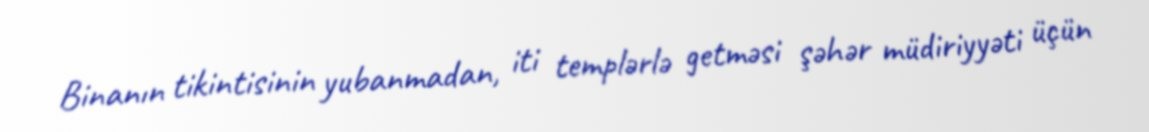
Binanın tikintisinin yubanmadan, iti templərlə getməsi şəhər müdiriyyəti üçün